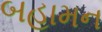
બહામન